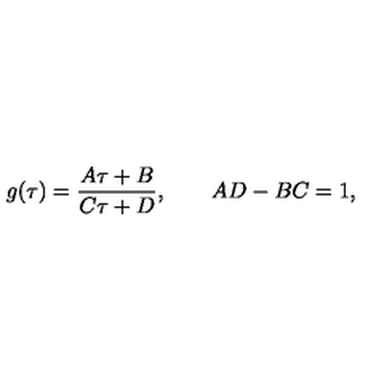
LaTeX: g ( \tau ) = \frac { A \tau + B } { C \tau + D } , \qquad A D - B C = 1 ,